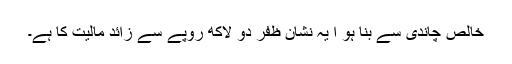
خالص چاندی سے بنا ہو ا یہ نشان ظفر دو لاکھ روپے سے زائد مالیت کا ہے۔